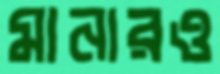
মানারও